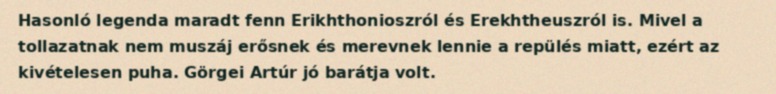
Hasonló legenda maradt fenn Erikhthonioszról és Erekhtheuszról is. Mivel a tollazatnak nem muszáj erősnek és merevnek lennie a repülés miatt, ezért az kivételesen puha. Görgei Artúr jó barátja volt.